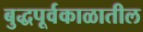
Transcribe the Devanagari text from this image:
बुद्धपूर्वकाळातील